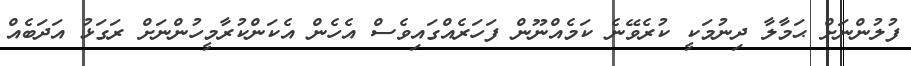
ފުލުންނަށް ޙަމާލާ ދިނުމަކީ ކުރެވޭނެ ކަމެއްނޫން ފަހަރެއްގައިވެސް އެހެން އެކަންކުރާމީހުންނަށް ރަގަޅު އަދަބެއް